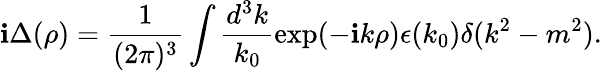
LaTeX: \mathbf{i}\Delta(\rho)=\frac{{1}}{{(2\pi)^{3}}}\int\frac{{d^{3}k}}{{k_{0}}}\exp(-\mathbf{i}k\rho)\epsilon(k_{0})\delta(k^{2}-m^{2}).